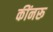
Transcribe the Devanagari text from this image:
कींनरू